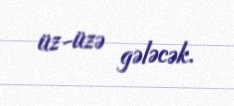
üz-üzə gələcək.